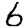
Digit: 6